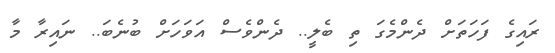
ރައިގެ ފަހަތަށް ދެންމެގަ ތި ބެލީ.. ދެންވެސް އަވަހަށް ބުނެބަ.. ނައިރާ މާ